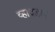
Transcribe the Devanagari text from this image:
व्हादडण